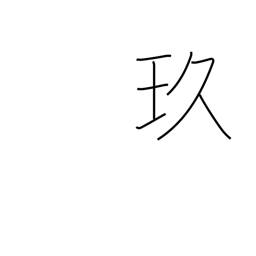
Meaning: beautiful black jewel